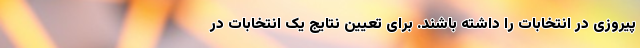
پیروزی در انتخابات را داشته باشند. برای تعیین نتایج یک انتخابات در